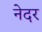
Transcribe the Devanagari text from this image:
नेदर